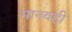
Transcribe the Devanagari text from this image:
मानवही